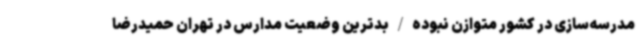
مدرسه‌سازی در کشور متوازن نبوده/بدترین وضعیت مدارس در تهران حمیدرضا